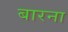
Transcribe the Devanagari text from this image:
बारना